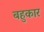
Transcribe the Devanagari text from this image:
बहुकार